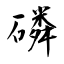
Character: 磷